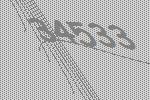
34533